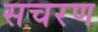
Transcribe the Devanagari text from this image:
सचरण